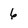
Character: 6